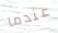
عندما